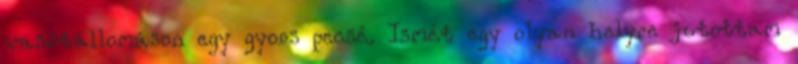
vasútállomáson egy gyors pecsé. Ismét egy olyan helyre jutottam